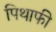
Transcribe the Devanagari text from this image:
पिथाफी